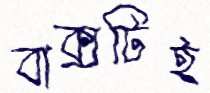
বাক্সটিই